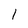
Character: l